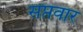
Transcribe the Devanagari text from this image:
सप्तवार